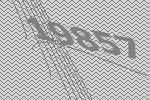
19857